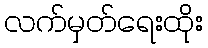
လက်မှတ်ရေးထိုး